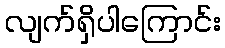
လျက်ရှိပါကြောင်း